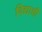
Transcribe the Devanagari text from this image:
विद्याशी